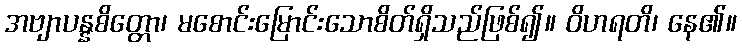
အဗျာပန္နစိတ္တော၊ မစောင်းမြောင်းသောစိတ်ရှိသည်ဖြစ်၍။ ဝိဟရတိ၊ နေ၏။